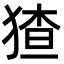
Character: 猹